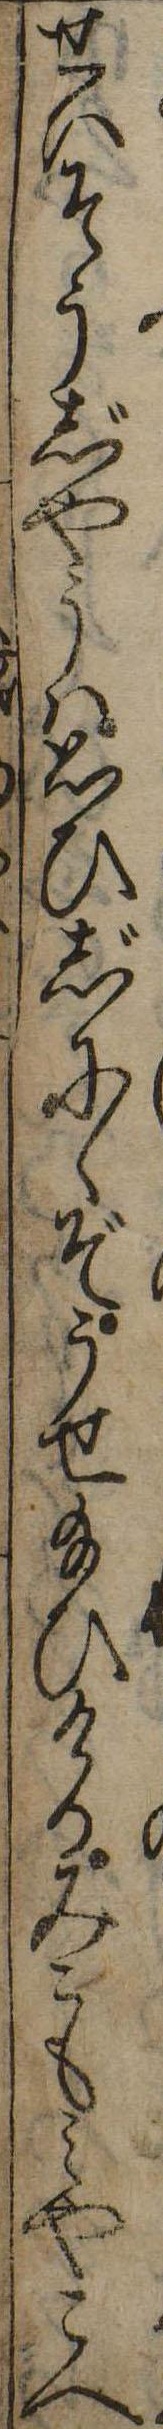
せいそうじやうは思ひじにゝぞうせ給ひけるみこもみやこへ